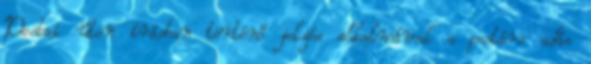
Postai úton írásban történő jelzés alkalmával a postára adás